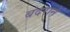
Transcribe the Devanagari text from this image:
बंदराने